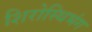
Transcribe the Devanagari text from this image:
शिरोस्थिभंग